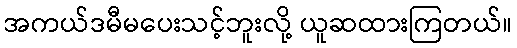
အကယ်ဒမီမပေးသင့်ဘူးလို့ ယူဆထားကြတယ်။